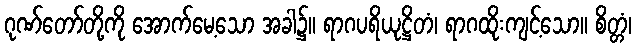
ဂုဏ်တော်တို့ကို အောက်မေ့သော အခါ၌။ ရာဂပရိယုဋ္ဌိတံ၊ ရာဂထိုးကျင့်သော။ စိတ္တံ၊